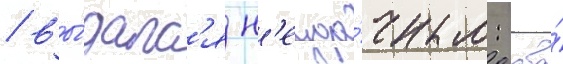
/ вы́далс'я н'еуда́чным: два́